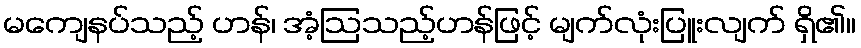
မကျေနပ်သည့် ဟန်၊ အံ့ဩသည့်ဟန်ဖြင့် မျက်လုံးပြူးလျက် ရှိ၏။